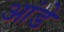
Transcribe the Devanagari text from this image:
आंडे